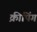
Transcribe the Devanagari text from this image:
क्रीपिंग